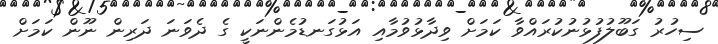
ސިހުރު ގަބޫލުފުޅުނުކުރައްވާ ކަމަށް ވިދާޅުވުމާއި އަޅުގަނޑުމެންނަކީ ގެ ދެވަނަ ދަރިން ނޫން ކަމަށް